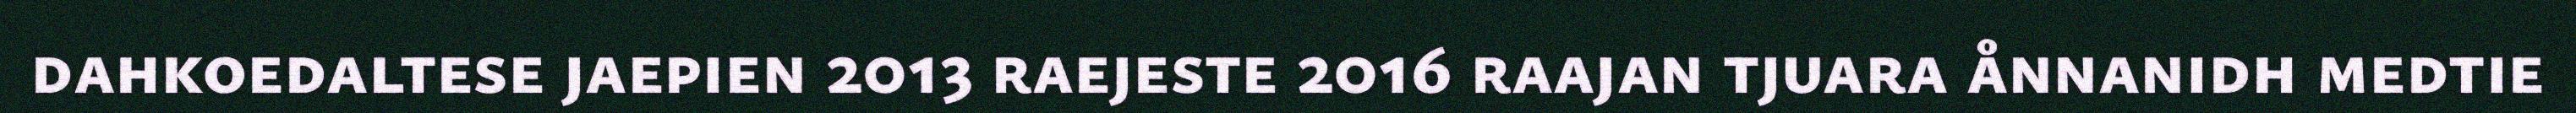
dahkoedaltese jaepien 2013 raejeste 2016 raajan tjuara ånnanidh medtie